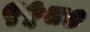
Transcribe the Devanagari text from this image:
९५८०